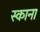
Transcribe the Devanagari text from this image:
स्काना